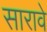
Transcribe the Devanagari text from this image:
सारावे